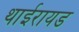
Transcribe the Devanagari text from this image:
थाईरायड